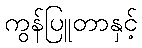
ကွန်ပြူတာနှင့်